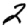
Digit: 2